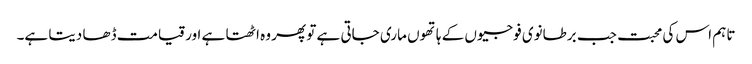
تاہم اس کی محبت جب برطانوی فوجیوں کے ہاتھوں ماری جاتی ہے تو پھر وہ اٹھتا ہے اور قیامت ڈھا دیتا ہے۔